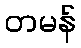
တမန်